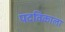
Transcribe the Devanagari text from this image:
पदविकाला